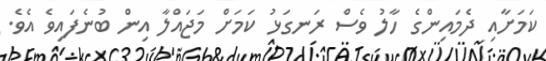
ކަމަށާއި ދެމައިންގެ ހާލު ވެސް ރަނގަޅު ކަމަށް މަޖައްލާ އިން ބުނެފައިވެ އެވެ.